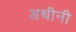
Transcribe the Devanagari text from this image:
अथीनी